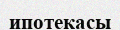
ипотекасы